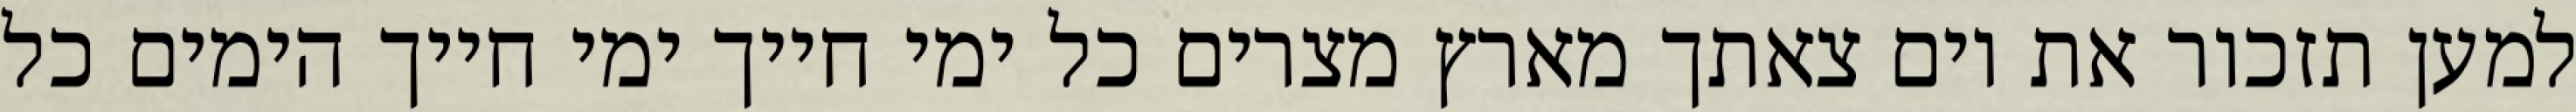
למען תזכור את יום צאתך מארץ מצרים כל ימי חייך ימי חייך הימים כל